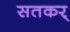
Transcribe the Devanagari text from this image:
सतकर्